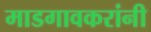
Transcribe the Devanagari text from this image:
माडगावकरांनी